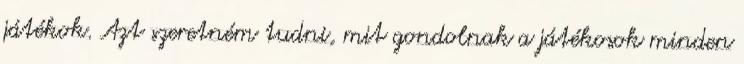
játékok. Azt szeretném tudni, mit gondolnak a játékosok minden